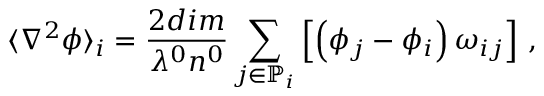
\langle \nabla ^ { 2 } \phi \rangle _ { i } = \frac { 2 d i m } { \lambda ^ { 0 } n ^ { 0 } } \sum _ { j \in \mathbb { P } _ { i } } \left[ \left( \phi _ { j } - \phi _ { i } \right) \omega _ { i j } \right] \, ,